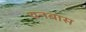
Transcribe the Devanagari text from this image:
वनबास